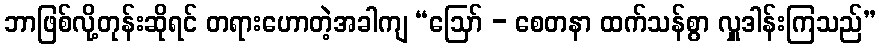
ဘာဖြစ်လို့တုန်းဆိုရင် တရားဟောတဲ့အခါကျ “ဩော် - စေတနာ ထက်သန်စွာ လှူဒါန်းကြသည်”